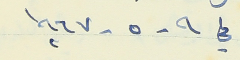
في ٩ - ٥ - ١٩٦٧